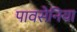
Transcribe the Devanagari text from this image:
पावसेनिया